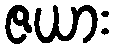
ဇယား